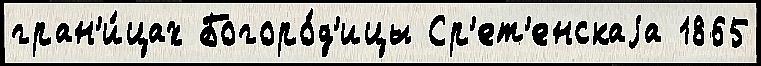
гран'и́цах Богоро́д'ицы Ср'ет'енскаjа 1865